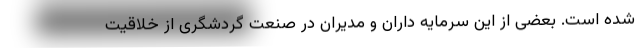
شده است. بعضی از این سرمایه داران و مدیران در صنعت گردشگری از خلاقیت